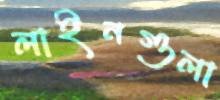
লাইনগুলা